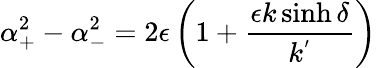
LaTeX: \alpha_{+}^{2}-\alpha_{-}^{2}=2\epsilon\left(1+\frac{\epsilon k\sinh\delta}{k^{'}}\right)